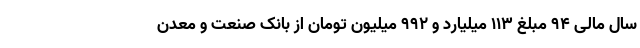
سال مالی 94 مبلغ 113 میلیارد و 992 میلیون تومان از بانک صنعت و معدن